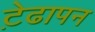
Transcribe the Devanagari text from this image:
ट़ेढापन